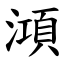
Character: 澒